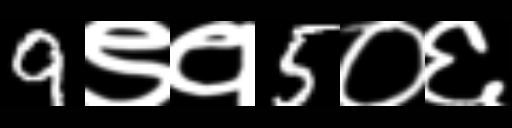
Text: 9९१5०६